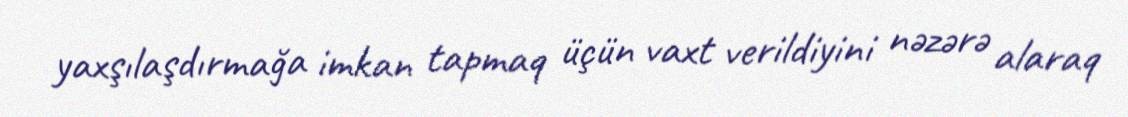
yaxşılaşdırmağa imkan tapmaq üçün vaxt verildiyini nəzərə alaraq